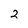
Character: 2